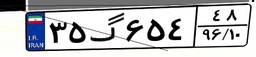
۱۲گ۹۰۴۹۷